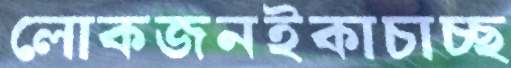
লোকজনইকাচাচ্ছ